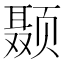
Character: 颞